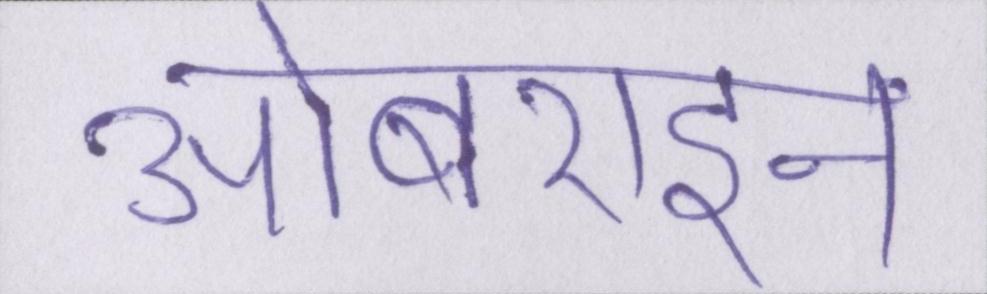
ओबराइन